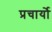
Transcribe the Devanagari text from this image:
प्रचार्यो